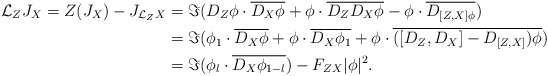
\begin{align*}\mathcal{L}_Z J_X= Z(J_X)-J_{\mathcal{L}_Z X}&=\Im(D_Z\phi \cdot \overline{D_X\phi}+\phi\cdot\overline{D_Z D_X\phi}-\phi\cdot \overline{D_{[Z, X]\phi}})\\&=\Im(\phi_1 \cdot \overline{D_X\phi}+\phi\cdot\overline{D_X\phi_1}+\phi\cdot \overline{([D_Z, D_X]-D_{[Z, X]})\phi})\\&=\Im(\phi_l\cdot\overline{D_X\phi_{1-l}})-F_{ZX}|\phi|^2.\end{align*}